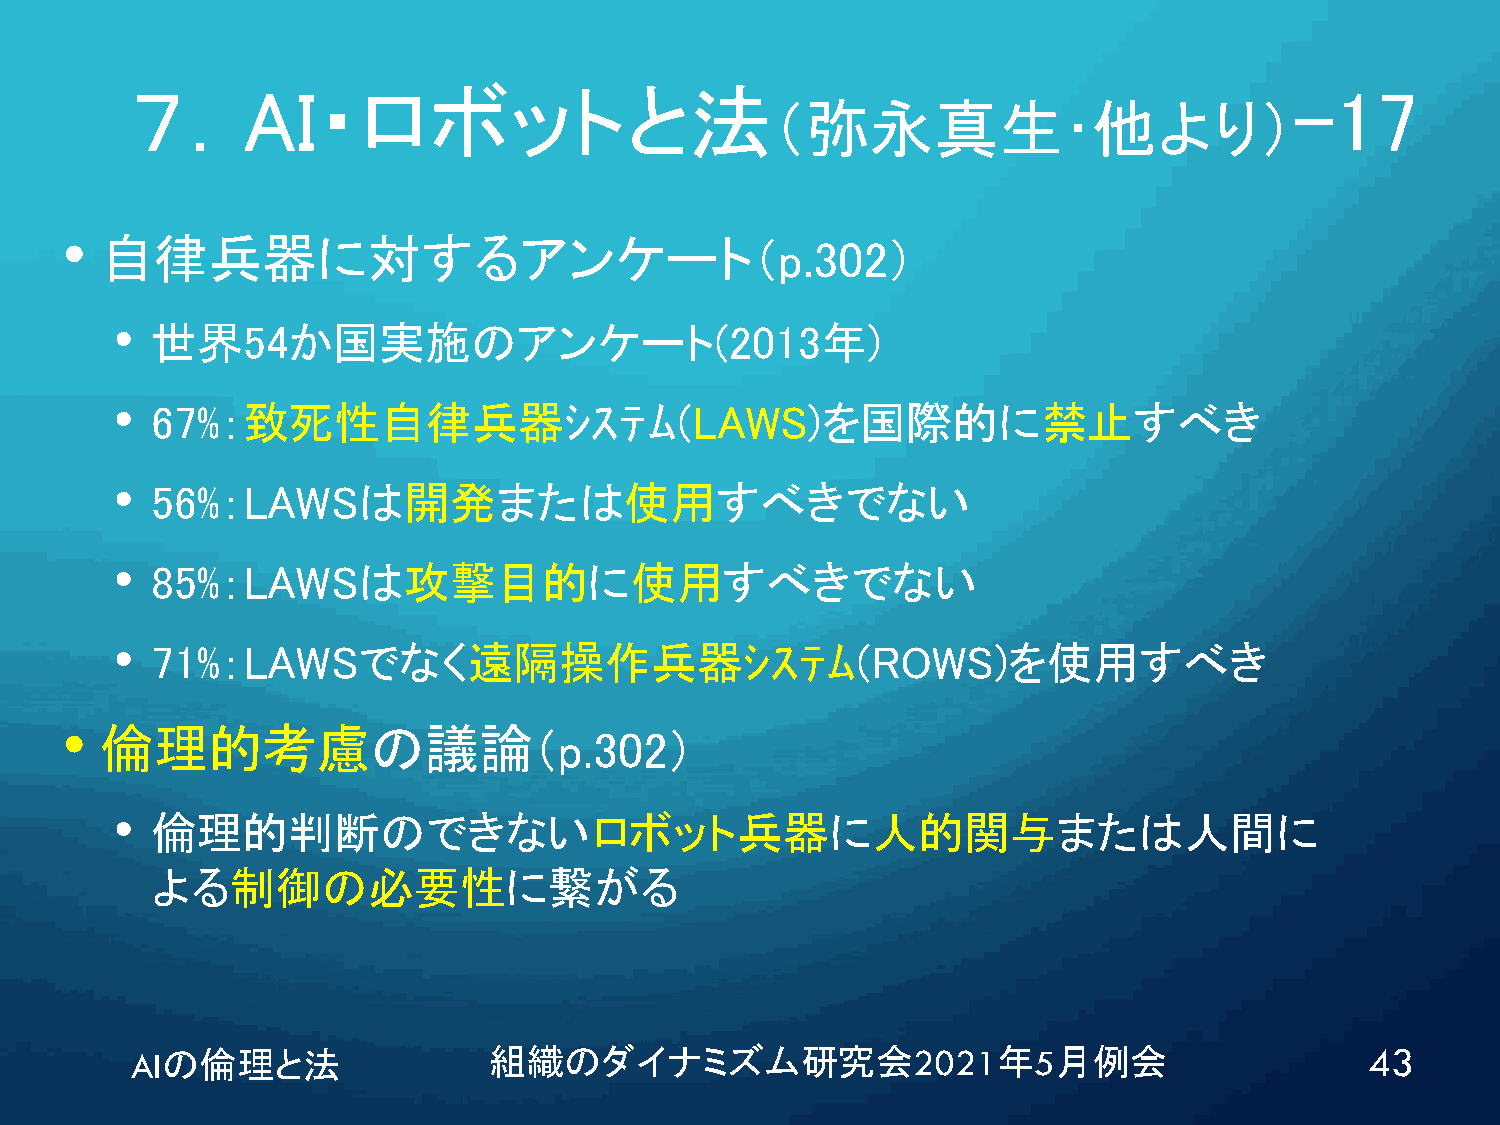
７．AI・ロボットと法                                                                  -17
 （弥永真生･他より）
 •
 自律兵器に対するアンケート（p.302）
 • 世界54か国実施のアンケート(2013年)
 • 67%：致死性自律兵器ｼｽﾃﾑ(LAWS)を国際的に禁止すべき
 • 56%：LAWSは開発または使用すべきでない
 • 85%：LAWSは攻撃目的に使用すべきでない
 • 71%：LAWSでなく遠隔操作兵器ｼｽﾃﾑ(ROWS)を使用すべき
 •
 倫理的考慮の議論（p.302）
 • 倫理的判断のできないロボット兵器に人的関与または人間に
 よる制御の必要性に繋がる
 AIの倫理と法                組織のダイナミズム研究会2021年5月例会                                      43